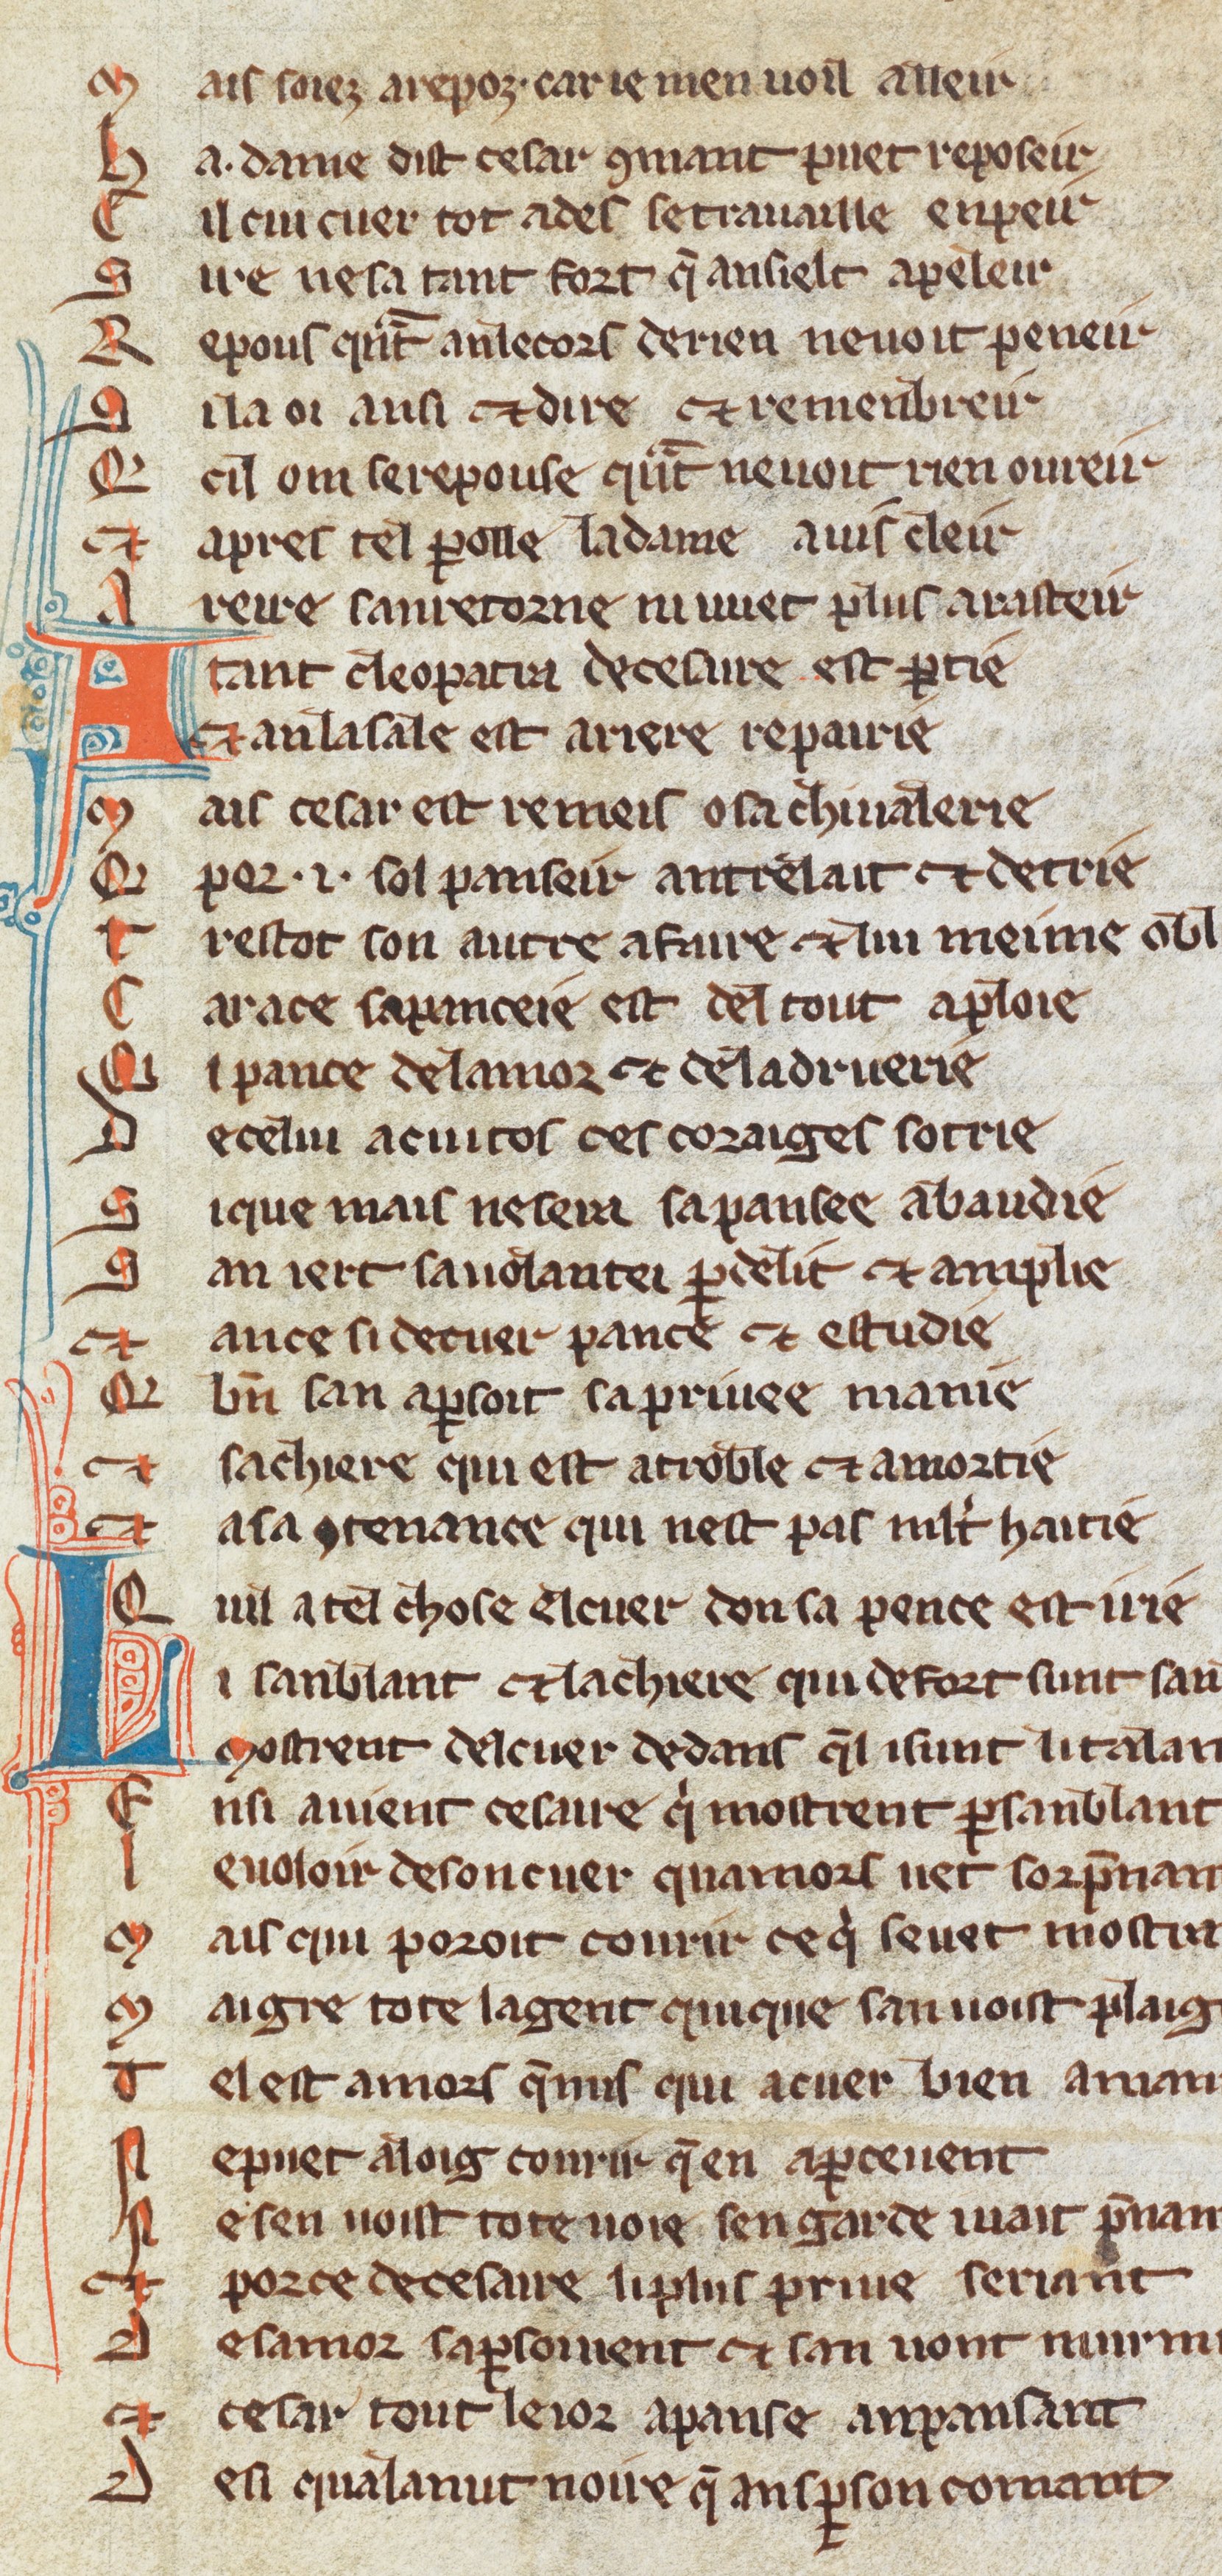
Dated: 1270–1330